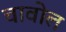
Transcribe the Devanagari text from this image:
चावोल